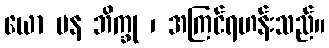
ယော ပန ဘိက္ခု ၊ အကြင်ရဟန်းသည်။